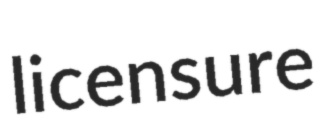
licensure